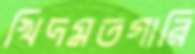
খিদমতগারি